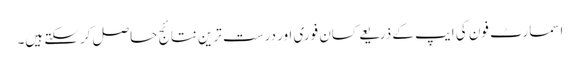
اسمارٹ فون کی ایپ کے ذریعے کسان فوری اور درست ترین نتائج حاصل کرسکتے ہیں۔